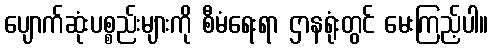
ပျောက်ဆုံးပစ္စည်းများကို စီမံရေးရာ ဌာနရုံးတွင် မေးကြည့်ပါ။